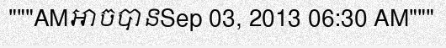
"""AMអាចបានSep 03, 2013 06:30 AM"""